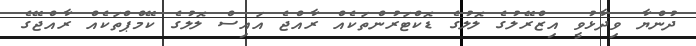
ދުންޔާ ވިދާޅުވީ އިޒްރޭލުގެ ލޮލުގެ ޑޮކްޓަރުންތަކެއް ރާއްޖެ އައިސް ލޮލުގެ ކޭމްޕްތަކެއް ރާއްޖޭގެ